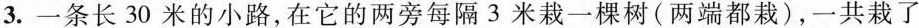
3.一条长30米的小路，在它的两旁每隔3米栽一棵树(两端都栽)，一共栽了